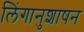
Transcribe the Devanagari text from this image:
लिंगानुशाषन